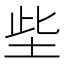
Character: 㘹